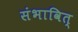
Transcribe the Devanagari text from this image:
संभावित्